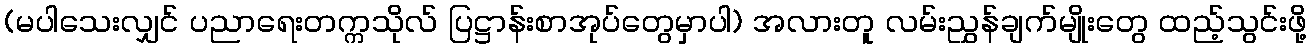
(မပါသေးလျှင် ပညာရေးတက္ကသိုလ် ပြဋ္ဌာန်းစာအုပ်တွေမှာပါ) အလားတူ လမ်းညွှန်ချက်မျိုးတွေ ထည့်သွင်းဖို့